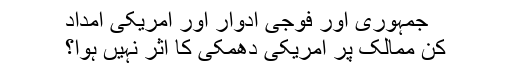
جمہوری اور فوجی ادوار اور امریکی امداد
کن ممالک پر امریکی دھمکی کا اثر نہیں ہوا؟